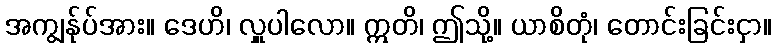
အကျွန်ုပ်အား။ ဒေဟိ၊ လှူပါလော။ ဣတိ၊ ဤသို့။ ယာစိတုံ၊ တောင်းခြင်းငှာ။